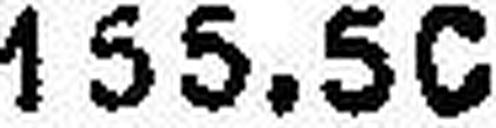
155.50